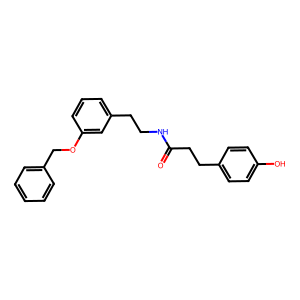
SMILES: O=C(CCc1ccc(O)cc1)NCCc1cccc(OCc2ccccc2)c1
Inhibits HIV replication: No